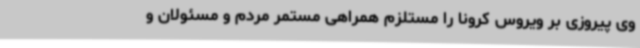
وی پیروزی بر ویروس کرونا را مستلزم همراهی مستمر مردم و مسئولان و